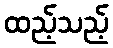
ထည့်သည့်